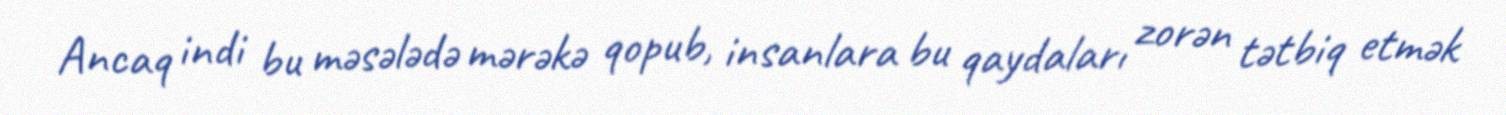
Ancaq indi bu məsələdə mərəkə qopub, insanlara bu qaydaları zorən tətbiq etmək